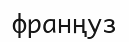
франңуз